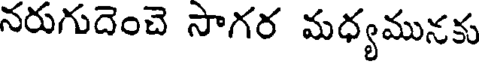
నరుగుదెంచె సాగర మధ్యమునకు